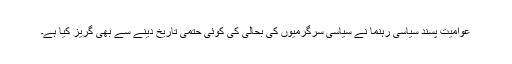
عوامیت پسند سیاسی رہنما نے سیاسی سرگرمیوں کی بحالی کی کوئی حتمی تاریخ دینے سے بھی گریز کیا ہے۔